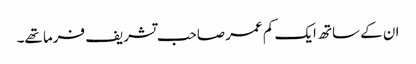
ان کے ساتھ ایک کم عمر صاحب تشریف فرما تھے۔